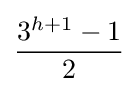
{\frac {3^{h+1}-1}{2}}